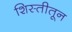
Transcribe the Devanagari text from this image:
शिस्तीतून